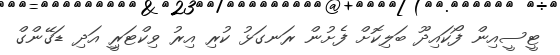
ޓީސީއިން ފޯކައިދޫ ބަލިކޮށް ފެށުން ރަނގަޅު ކުރި އިރު ވިކްޓަރީި އަދި ޑަގޭންގް